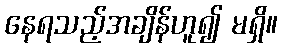
နေရသည့်အချိန်ဟူ၍ မရှိ။